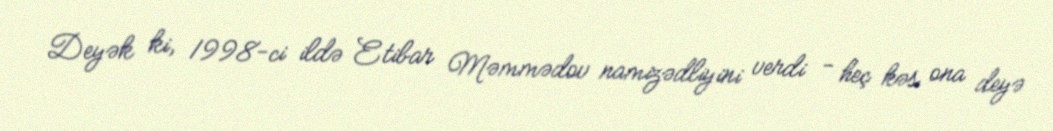
Deyək ki, 1998-ci ildə Etibar Məmmədov namizədliyini verdi - heç kəs ona deyə